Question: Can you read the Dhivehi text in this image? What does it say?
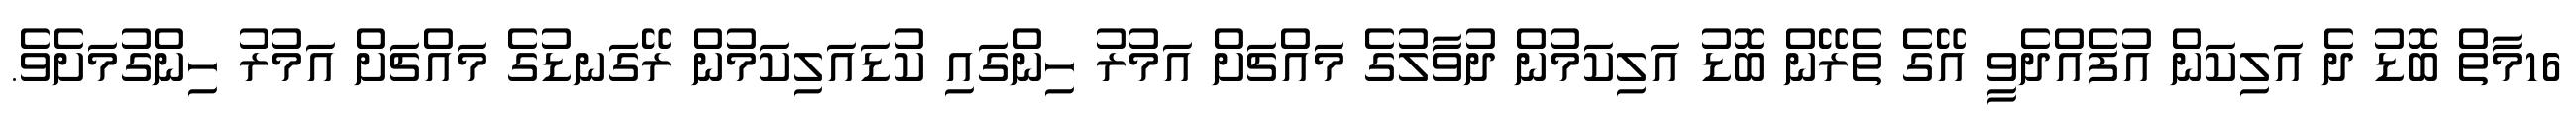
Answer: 16މާތް ބޮޑު ދެ އަލިކަން އުފެއްދެވީ އޭގެ ތެރޭން ބޮޑު އަލިކަމުން ދުވާލުގެ މައްޗަށް އަމުރު ހިންގައި ކުޑައަލިކަމުން ރޭގަނޑުގެ މައްޗަށް އަމުރު ހިންގުމަށެވެ.